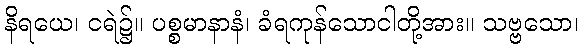
နိရယေ၊ ငရဲ၌။ ပစ္စမာနာနံ၊ ခံရကုန်သောငါတို့အား။ သဗ္ဗသော၊